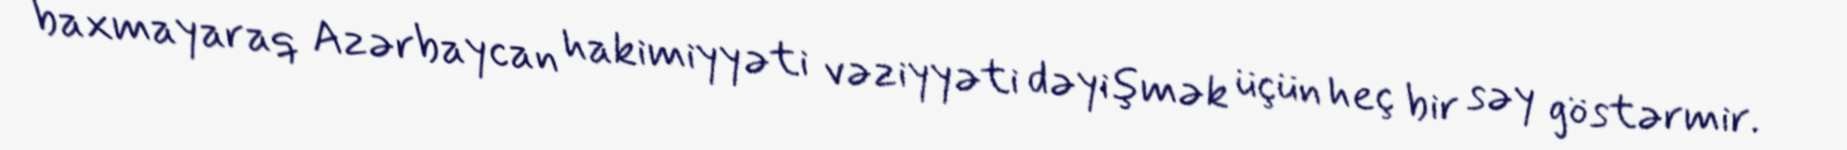
baxmayaraq Azərbaycan hakimiyyəti vəziyyəti dəyişmək üçün heç bir səy göstərmir.